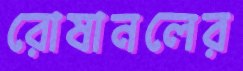
রোষানলের